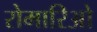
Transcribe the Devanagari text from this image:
रोमारिओ